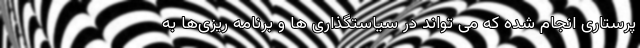
پرستاری انجام شده که می تواند در سیاستگذاری ها و برنامه ریزی‌ها به